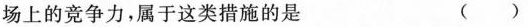
场上的竞争力，属于这类措施的是 ( )